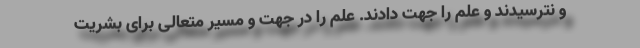
و نترسیدند و علم را جهت دادند. علم را در جهت و مسیر متعالی برای بشریت